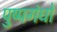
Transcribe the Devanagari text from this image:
पुष्पगंधों